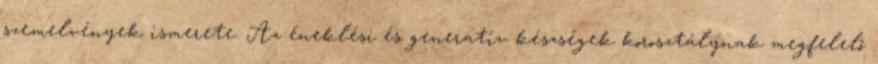
szemelvények ismerete. Az éneklési és generatív készségek korosztálynak megfelelő